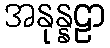
အနုန္နဠာ